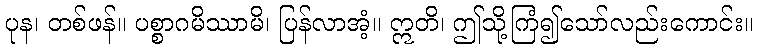
ပုန၊ တစ်ဖန်။ ပစ္စာဂမိဿာမိ၊ ပြန်လာအံ့။ ဣတိ၊ ဤသို့ကြံ၍သော်လည်းကောင်း။